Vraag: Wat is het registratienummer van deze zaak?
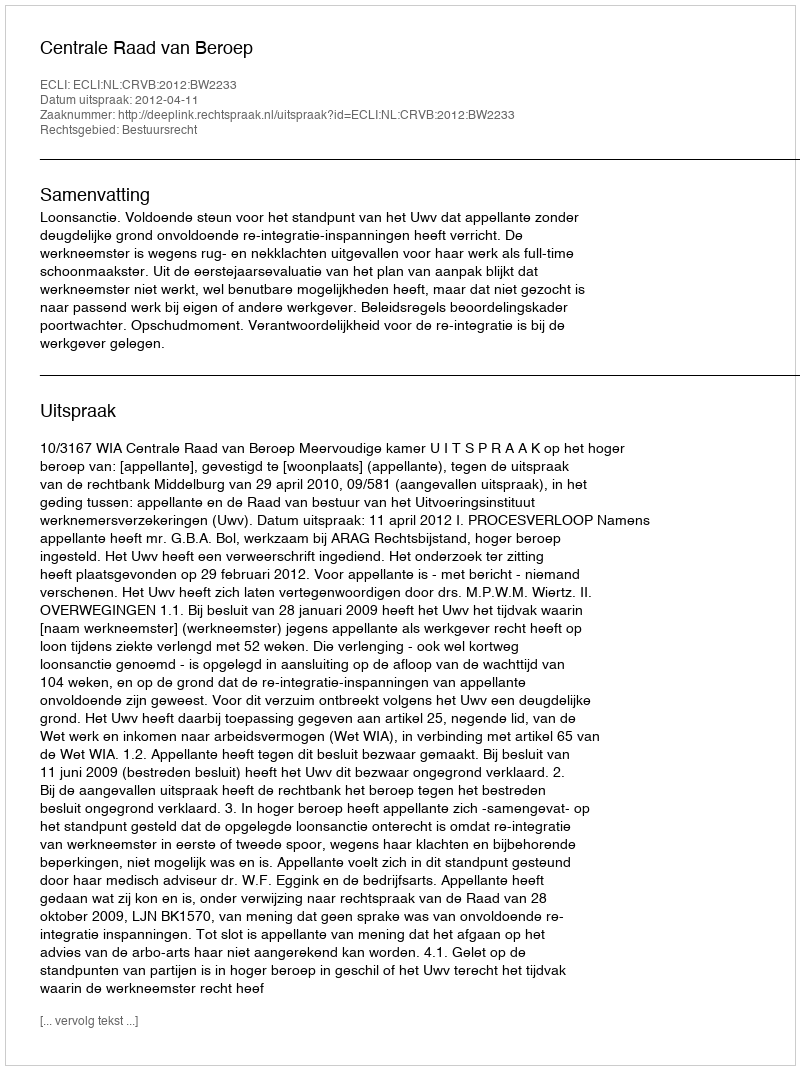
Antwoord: http://deeplink.rechtspraak.nl/uitspraak?id=ECLI:NL:CRVB:2012:BW2233